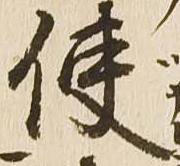
使